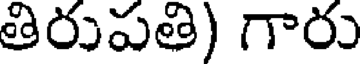
తిరుపతి) గారు